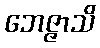
ဘေဇ္ဇာသိ